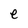
Character: e